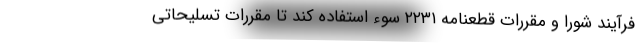
فرآیند شورا و مقررات قطعنامه ۲۲۳۱ سوء استفاده کند تا مقررات تسلیحاتی